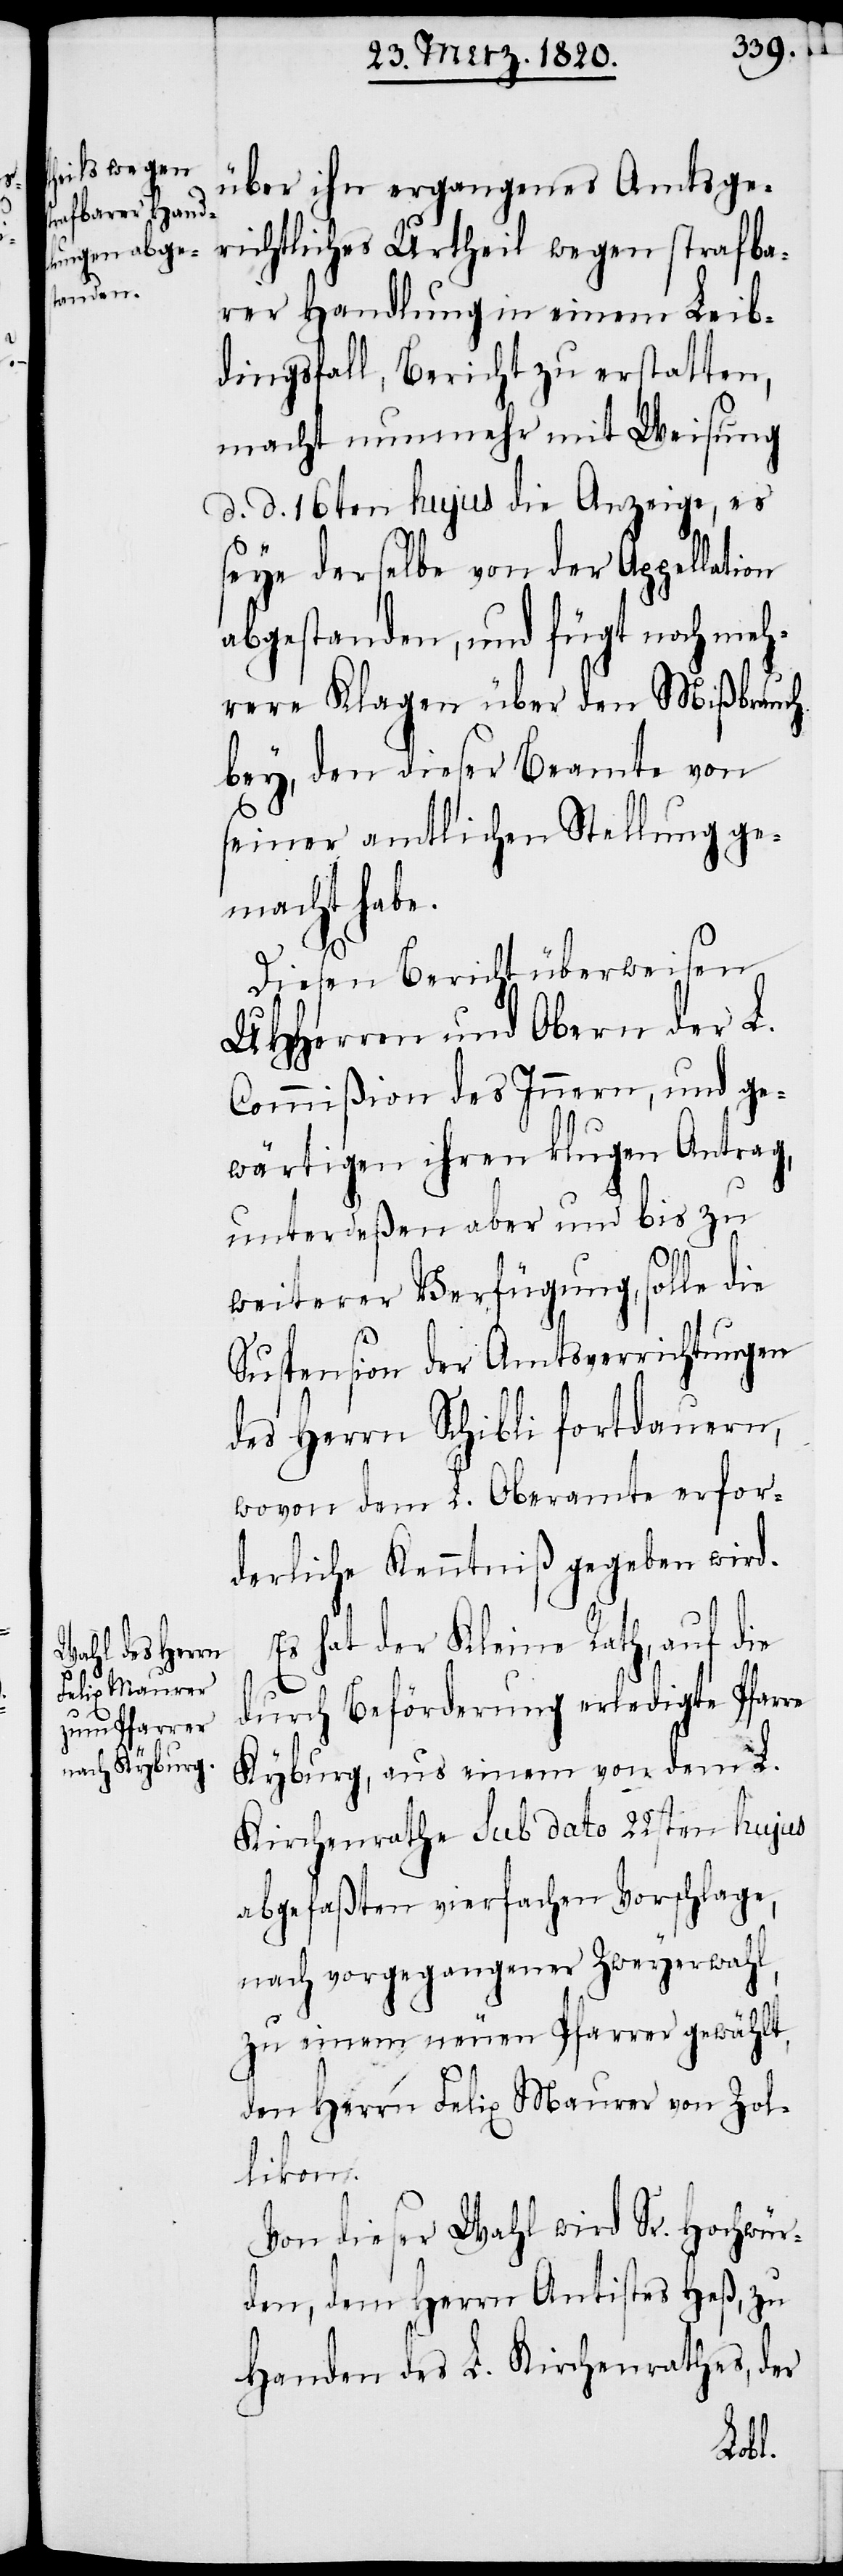
über ihn ergangenes Amtsge¬
richtliches Urtheil wegen strafba¬
rer Handlung in einem Leib¬
dingsfall, Bericht zu erstatten,
macht nunmehr mit Weisung
d. d. 16ten hujus die Anzeige, es
seye derselbe von der Appellation
abgestanden, und fügt noch meh¬
rere Klagen über den Mißbrauch
bey, den dieser Beamte von
seiner amtlichen Stellung ge¬
macht habe.
Diesen Bericht überweisen
UHHerren und Obern der L.
Commißion des Innern, und ge¬
wärtigen ihren klugen Antrag,
unterdeßen aber und bis zu
weiterer Verfügung, solle die
Suspension der Amtsverrichtungen
des Herrn Schibli fortdauern,
wovon dem L. Oberamte erfor¬
derliche Kenntniß gegeben wird.
Es hat der Kleine Rath, auf die
durch Beförderung erledigte Pfarre
Kyburg, aus einem von dem L.
Kirchenrathe sub dato 22sten hujus
abgefaßten vierfachen Vorschlage,
nach vorgegangener Zweyerwahl,
zu einem neuen Pfarrer gewählt,
den Herrn Felix Maurer von Zol¬
likon.
Von dieser Wahl wird Sr. Hochwür¬
den, dem Herrn Antistes Heß, zu
Handen des L. Kirchenrathes, der